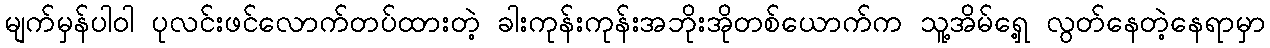
မျက်မှန်ပါဝါ ပုလင်းဖင်လောက်တပ်ထားတဲ့ ခါးကုန်းကုန်းအဘိုးအိုတစ်ယောက်က သူ့အိမ်ရှေ့ လွတ်နေတဲ့နေရာမှာ